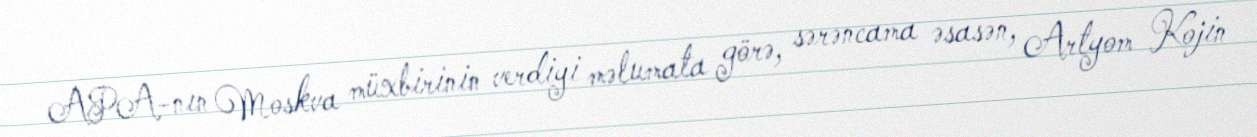
APA-nın Moskva müxbirinin verdiyi məlumata görə, sərəncama əsasən, Artyom Kojin